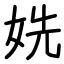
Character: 姺